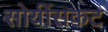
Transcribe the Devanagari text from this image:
सोयींसकट